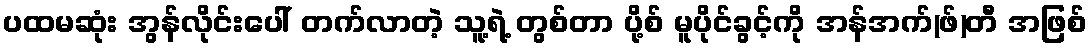
ပထမဆုံး အွန်လိုင်းပေါ် တက်လာတဲ့ သူ့ရဲ့ တွစ်တာ ပို့စ် မူပိုင်ခွင့်ကို အန်အက်(ဖ်)တီ အဖြစ်